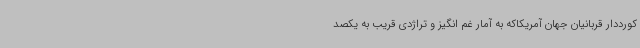
کورددار قربانیان جهان آمریکاکه به آمار غم انگیز و تراژدی قریب به یکصد